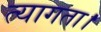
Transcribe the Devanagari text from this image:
त्‍यागता।